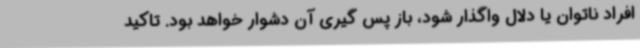
افراد ناتوان یا دلال واگذار شود، باز پس گیری آن دشوار خواهد بود. تاکید